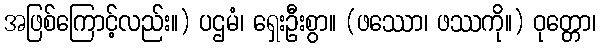
အဖြစ်ကြောင့်လည်း။) ပဌမံ၊ ရှေးဦးစွာ။ (ဖဿော၊ ဖဿကို။) ဝုတ္တော၊